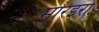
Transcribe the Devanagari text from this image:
मोरेइरा